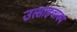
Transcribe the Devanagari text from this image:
उत्साहवाक्य